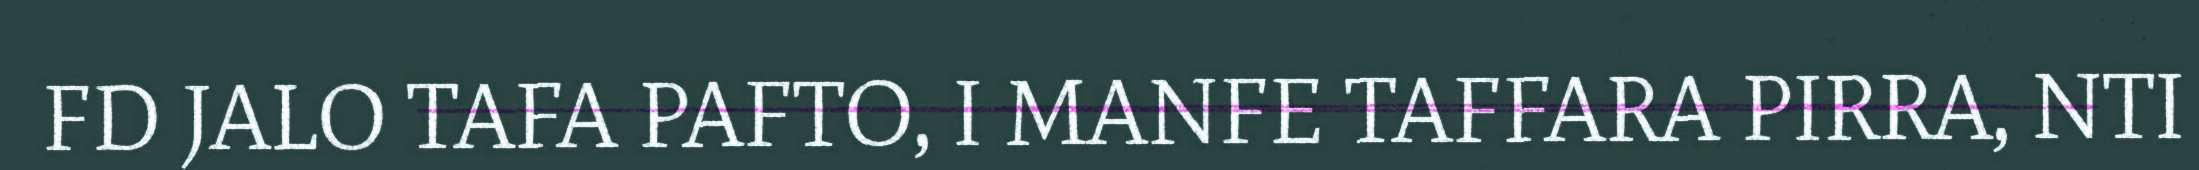
FD JALO TAFA PAFTO, I MANFE TAFFARA PIRRA, NTI